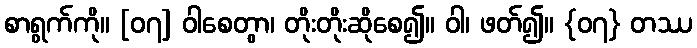
စာရွက်ကို။ [၀၇] ဝါစေတွာ၊ တိုးတိုးဆိုစေ၍။ ဝါ၊ ဖတ်၍။ {၀၇} တဿ